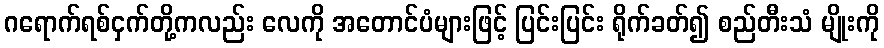
ဂရောက်ရစ်ငှက်တို့ကလည်း လေကို အတောင်ပံများဖြင့် ပြင်းပြင်း ရိုက်ခတ်၍ စည်တီးသံ မျိုးကို